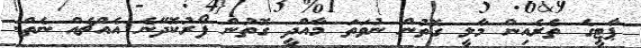
ޕާޓީގެ ތެރެއިން މާލީ ގޮތުން ނުވަތަ މާއްދީ ގޮތުން ފޯރުކޮދޭނެ އެއްޗެއް ނެތް.